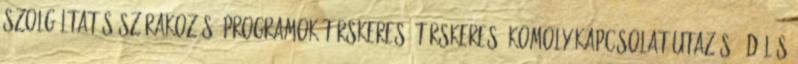
Szolgáltatás Szórakozás, programok Társkereső Társkereső komoly kapcsolat Utazás, üdülés